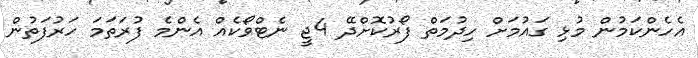
އެހެންކަމުން މުޅި ގައުމަށް ހިދުމަތް ފޯރުކޮށްދޭ 4ޖީ ނެޓްވޯކެއް އެންމެ ފުރަތަމަ ހަރުފަތުން